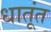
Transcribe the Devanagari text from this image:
धातूंत